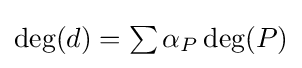
{\textstyle \deg(d)=\sum \alpha _{P}\deg(P)}